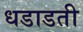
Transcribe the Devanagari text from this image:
धडाडती